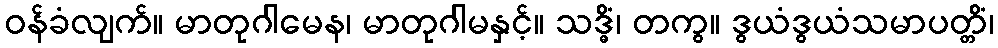
ဝန်ခံလျက်။ မာတုဂါမေန၊ မာတုဂါမနှင့်။ သဒ္ဓိံ၊ တကွ။ ဒွယံဒွယံသမာပတ္တိံ၊